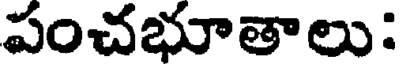
పంచభూతాలు :